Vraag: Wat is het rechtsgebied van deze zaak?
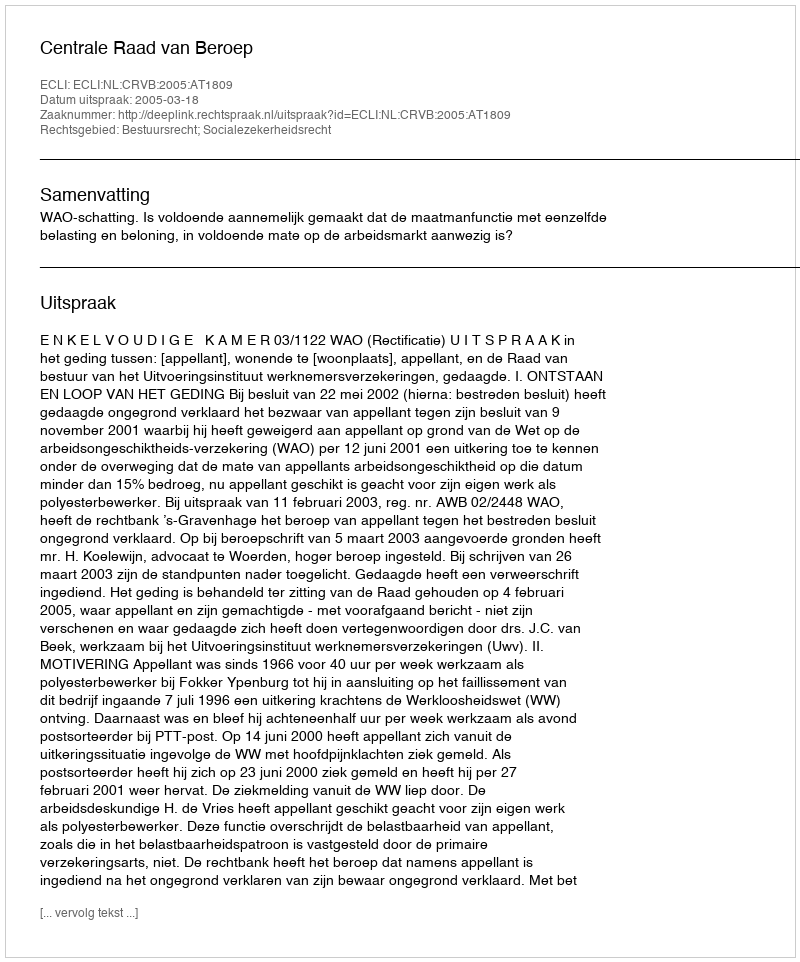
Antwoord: Bestuursrecht; Socialezekerheidsrecht